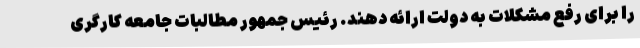
را برای رفع مشکلات به دولت ارائه دهند. رئیس جمهور مطالبات جامعه کارگری